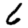
Digit: 6